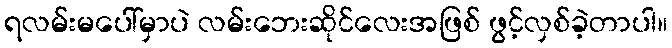
ရလမ်းမပေါ်မှာပဲ လမ်းဘေးဆိုင်လေးအဖြစ် ဖွင့်လှစ်ခဲ့တာပါ။